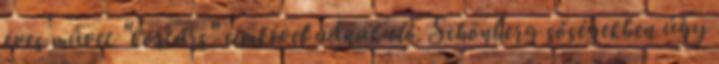
éves művet "kortárs" cimkével adnak elő. Schönberg sőségekben úgy